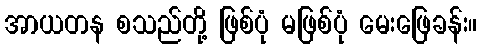
အာယတန စသည်တို့ ဖြစ်ပုံ မဖြစ်ပုံ မေးဖြေခန်း။